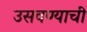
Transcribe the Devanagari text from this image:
उसवण्याची